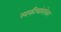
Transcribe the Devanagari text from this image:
स्वकीयांबरोबर